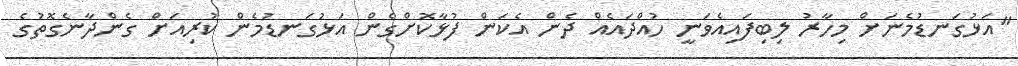
"އަޅުގަނޑުމެނަށް މިހާރު ލިބިފައިއެވަނީ ހުއްދައެއް ދެން އެކަން ފުޅާކޮށްގެން އަޅުގަނޑުމެން ކުރިއަށް ގެންދާނެގޮތުގެ